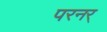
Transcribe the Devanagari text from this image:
परनर्